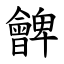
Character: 朇